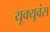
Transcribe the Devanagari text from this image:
यूक्यूवंस